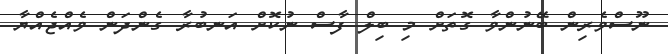
ނޫސްވެރިން ބޭނުންވާ ގޮތަށް މި ބިލް ފާސް ނުކޮށް އަނބުރާ ގެންދަން ވެއްޖެއްޔާ